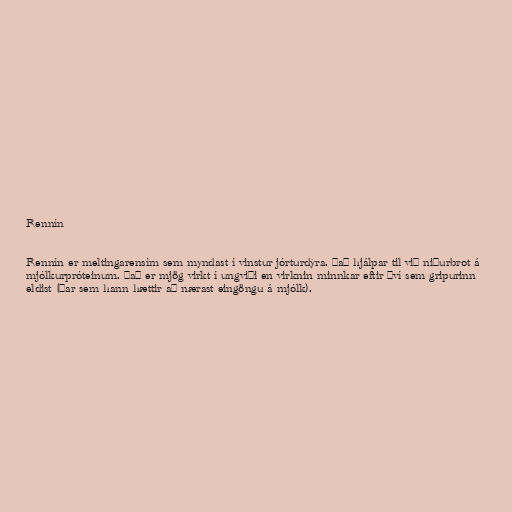
Rennín

Rennín er meltingarensím sem myndast í vinstur jórturdýra. Það hjálpar til við niðurbrot á
mjólkurpróteinum. Það er mjög virkt í ungviði en virknin minnkar eftir því sem gripurinn
eldist (þar sem hann hættir að nærast eingöngu á mjólk).